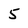
Character: 5